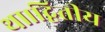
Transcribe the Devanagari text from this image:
था।द्वितीय